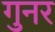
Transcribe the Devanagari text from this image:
गुनर